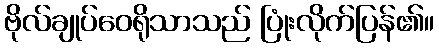
ဗိုလ်ချုပ်ဝေရိုသာသည် ပြုံးလိုက်ပြန်၏။